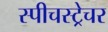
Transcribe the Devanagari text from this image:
स्पीचस्ट्रेचर